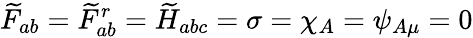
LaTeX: \widetilde{F}_{ab}=\widetilde{F}_{ab}^{r}=\widetilde{H}_{abc}=\sigma=\chi_{A}=\psi_{A\mu}=0